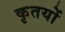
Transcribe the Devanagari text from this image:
कृतयों